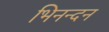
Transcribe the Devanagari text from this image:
भिनन्दन